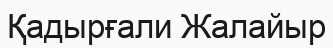
Қадырғали Жалайыр